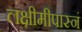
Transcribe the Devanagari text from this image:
लक्षीमीपास्नं